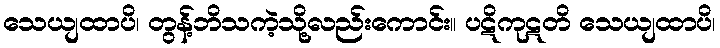
သေယျထာပိ၊ တွန့်ဘိသကဲ့သို့လည်းကောင်း။ ပဋိကုဋတိ သေယျထာပိ၊